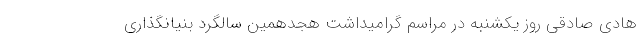
هادی صادقی روز یکشنبه در مراسم گرامیداشت هجدهمین سالگرد بنیانگذاری